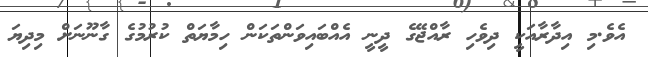
އެވެ.މި އިދާރާއަކީ ދިވެހި ރާއްޖޭގެ ދީނީ އެއްބައިވަންތަކަން ހިމާޔަތް ކުރުމުގެ ގާނޫނަށް މިދިޔަ